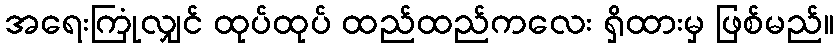
အရေးကြုံလျှင် ထုပ်ထုပ် ထည်ထည်ကလေး ရှိထားမှ ဖြစ်မည်။